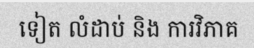
ទៀត លំដាប់ និង ការវិភាគ